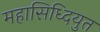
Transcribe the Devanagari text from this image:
महासिध्दियुत